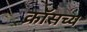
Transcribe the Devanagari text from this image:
क्रॉसच्य